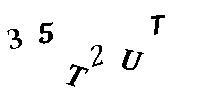
35T2UT